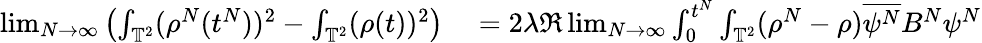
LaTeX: \begin{array}{rl}{\operatorname*{lim}_{N\rightarrow\infty}\left(\int_{\mathbb{T}^{2}}(\rho^{N}(t^{N}))^{2}-\int_{\mathbb{T}^{2}}(\rho(t))^{2}\right)}&{{}=2\lambda\Re\operatorname*{lim}_{N\rightarrow\infty}\int_{0}^{t^{N}}\int_{\mathbb{T}^{2}}(\rho^{N}-\rho)\overline{{\psi^{N}}}B^{N}\psi^{N}}\end{array}